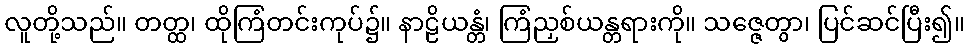
လူတို့သည်။ တတ္ထ၊ ထိုကြံတင်းကုပ်၌။ နာဠိယန္တံ၊ ကြံညှစ်ယန္တရားကို။ သဇ္ဇေတွာ၊ ပြင်ဆင်ပြီး၍။